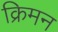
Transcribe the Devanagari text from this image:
क्रिमन